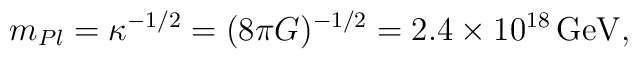
m_{Pl}=\kappa^{-1/2}=(8\pi G)^{-1/2}=2.4\times10^{18}\,\mbox{GeV},